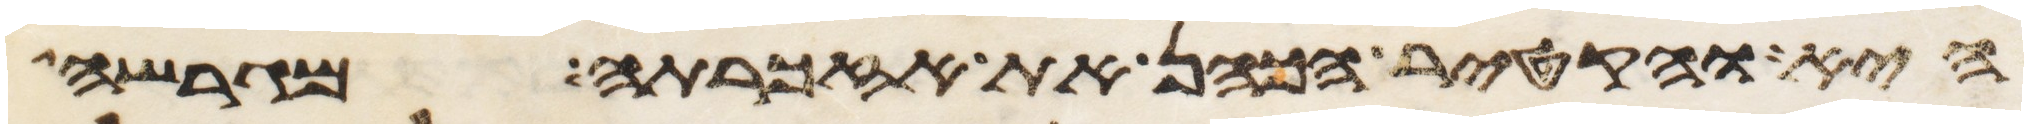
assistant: היא והקטיר הכהן את אזכרתה מגרשה